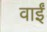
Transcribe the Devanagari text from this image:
वाईं